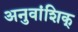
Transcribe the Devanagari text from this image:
अनुवांशिक्